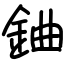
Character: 𨦈